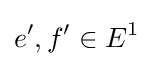
e',f'\in E^{1}